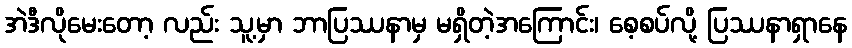
အဲဒီလိုမေးတော့ လည်း သူ့မှာ ဘာပြဿနာမှ မရှိတဲ့အကြောင်း၊ စေ့စပ်လို့ ပြဿနာရှာနေ